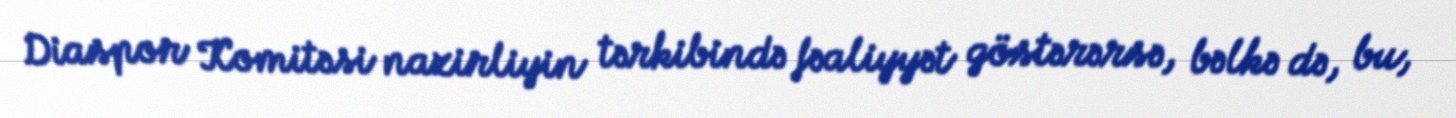
Diaspor Komitəsi nazirliyin tərkibində fəaliyyət göstərərsə, bəlkə də, bu,